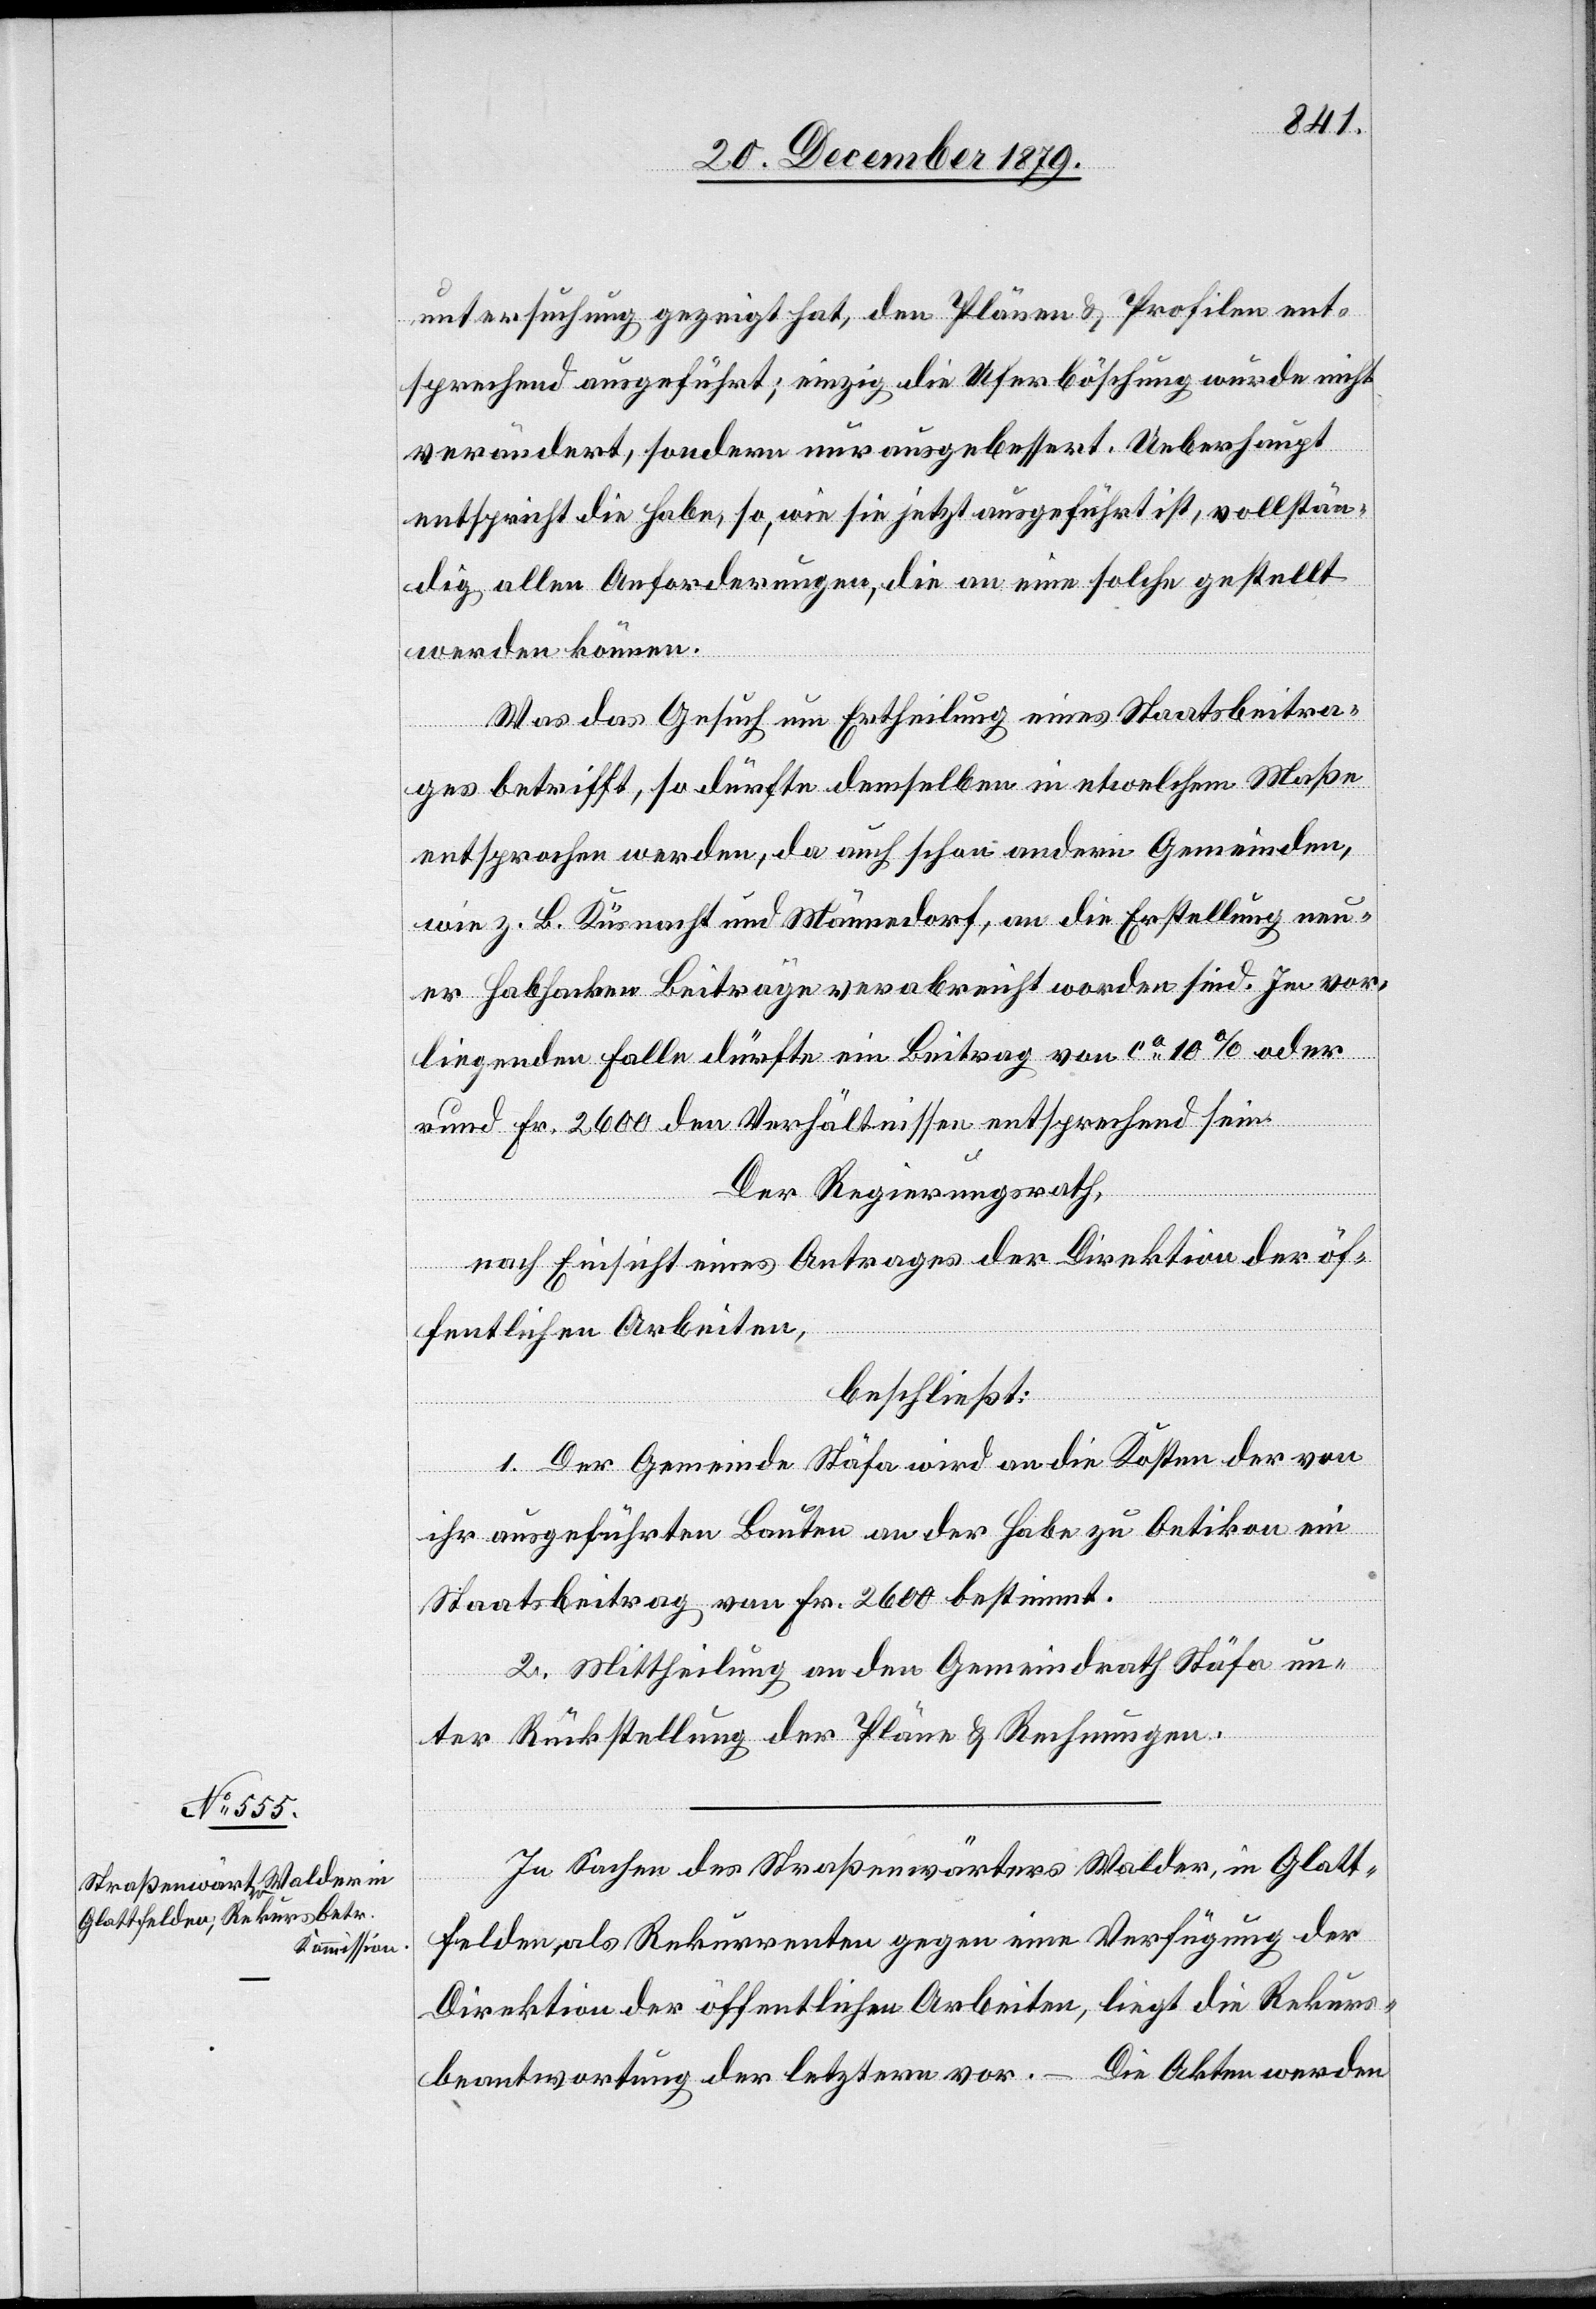
untersuchung gezeigt hat, den Plänen & Profilen ent¬
sprechend ausgeführt; einzig die Uferböschung wurde nicht
verändert, sondern nur ausgebessert. Ueberhaupt
entspricht die Habe, so, wie sie jetzt ausgeführt ist, vollstän¬
dig allen Anforderungen, die an eine solche gestellt
werden können.
Was das Gesuch um Ertheilung eines Staatsbeitra¬
ges betrifft, so dürfte demselben in etwelchem Maße
entsprochen werden, da auch schon andern Gemeinden
wie z. B Küsnacht und Männedorf, an die Erstellung neu¬
er Habhacken Beiträge verabreicht worden sind. Im vor¬
liegenden Falle dürfte ein Beitrag von ca 10% oder
rund Fr. 2600 den Verhältnissen entsprechend sein.
Der Regierungsrath,
nach Einsicht eines Antrages der Direktion der öf¬
fentlichen Arbeiten,
beschließt:
1. Der Gemeinde Stäfa wird an die Kosten der von
ihr ausgeführten Bauten an der Habe zu Oetikon ein
Staatsbeitrag von Fr. 2600 bestimmt.
2. Mittheilung an den Gemeindrath Stäfa un¬
ter Rückstellung der Pläne & Rechnungen.
In Sachen des Straßenwärters Walder, in Glatt¬
felden, als Rekurrenten gegen eine Verfügung der
Direktion der öffentlichen Arbeiten, liegt die Rekurs¬
beantwortung der letztern vor. – Die Akten werden